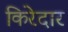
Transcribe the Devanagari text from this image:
किरेदार